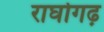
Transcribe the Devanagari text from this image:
राघोगढ़